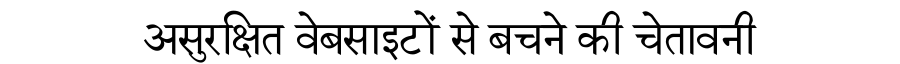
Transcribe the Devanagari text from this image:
असुरक्षित वेबसाइटों से बचने की चेतावनी